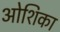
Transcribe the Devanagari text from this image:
ओशिका